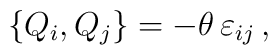
\{Q_i, Q_j \} = - \theta \, \varepsilon_{ij}\, ,